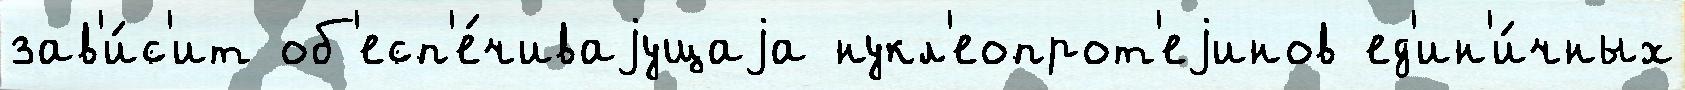
зав'и́с'ит об'есп'е́чиваjущаjа нукл'еопрот'еjинов ед'ин'и́чных